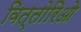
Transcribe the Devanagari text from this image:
वित्तोरिओ